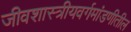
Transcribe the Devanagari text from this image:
जीवशास्त्रीयवर्गमांडणीतील